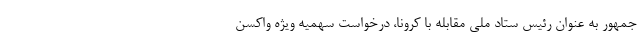
جمهور به عنوان رئیس ستاد ملی مقابله با کرونا، درخواست سهمیه ویژه واکسن